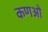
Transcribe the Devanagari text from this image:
कणओ